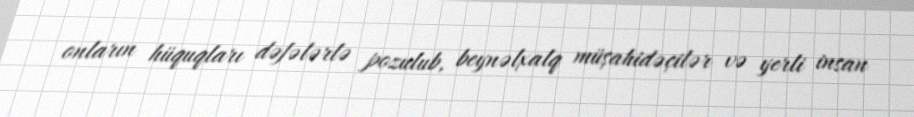
onların hüquqları dəfələrlə pozulub, beynəlxalq müşahidəçilər və yerli insan